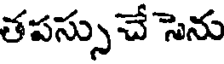
తపస్సు చే సెను